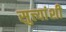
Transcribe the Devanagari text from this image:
सुत्त्यांशी